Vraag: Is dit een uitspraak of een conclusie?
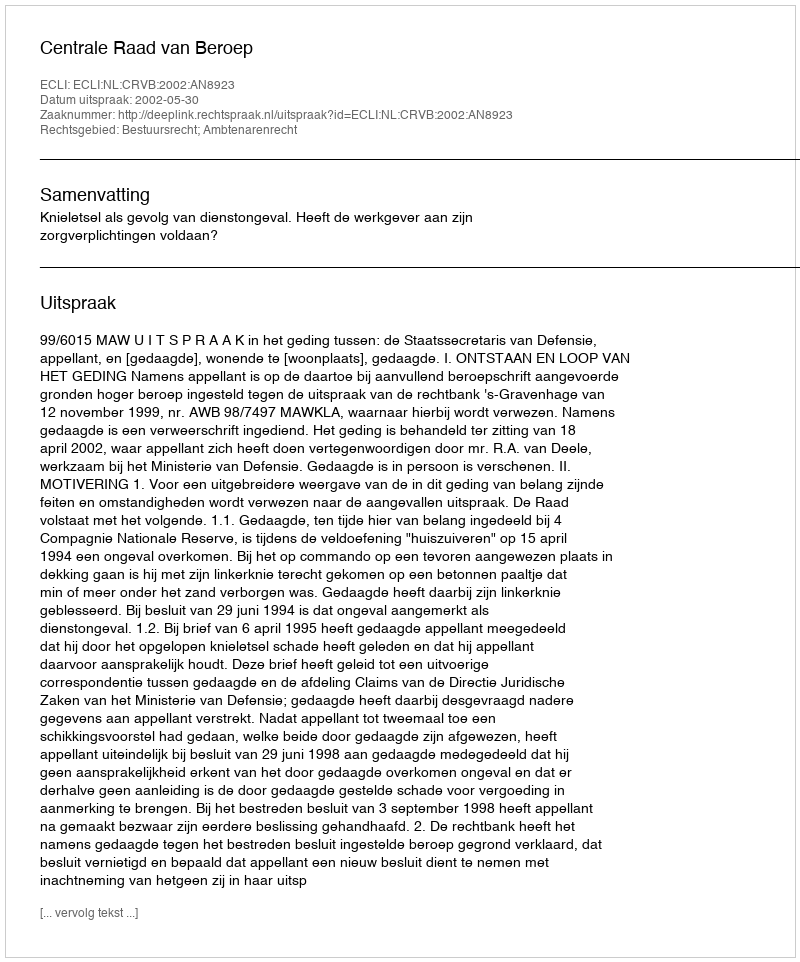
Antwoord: Uitspraak